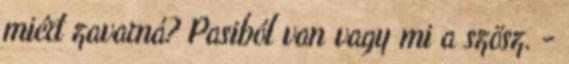
miért zavarná? Pasiból van vagy mi a szösz. -